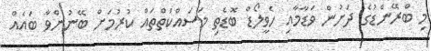
މި ބްރޭންޑުގެ ދަށުން ވަޑާމާއި ހެވީލޯޑް ބޮޑެތި މަސައްކަތްތައް ކުރުމަށް ބޭނުންވާ ބައެއް